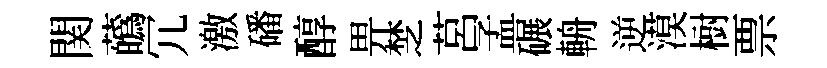
関蘤冗激磻醇畀椘莒孟碾輈逆漠𣗳票